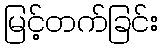
မြင့်တက်ခြင်း